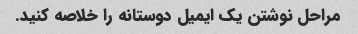
مراحل نوشتن یک ایمیل دوستانه را خلاصه کنید.